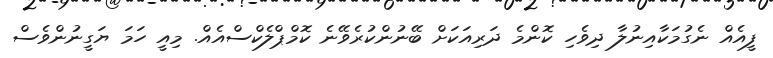
ފީއެއް ނެގުމަކާއިނުލާ ދިވެހި ކޮންމެ ދަރިއަކަށް ބޭނުންކުރެވޭނެ ކޮމްޕްލެކްސްއެއް. މިއީ ހަމަ ޔަގީނުންވެސް